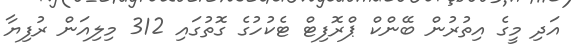
އަދި މީގެ އިތުރުން ބޭންކް ޕްރޮފިޓް ޓެކުހުގެ ގޮތުގައި 312 މިލިއަން ރުފިޔާ